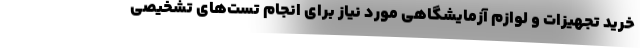
خرید تجهیزات و لوازم آزمایشگاهی مورد نیاز برای انجام تست‌های تشخیصی